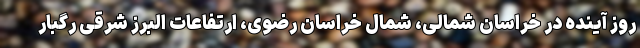
روز آینده در خراسان شمالی، شمال خراسان رضوی، ارتفاعات البرز شرقی رگبار